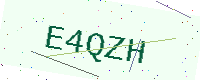
Text: E4QZH